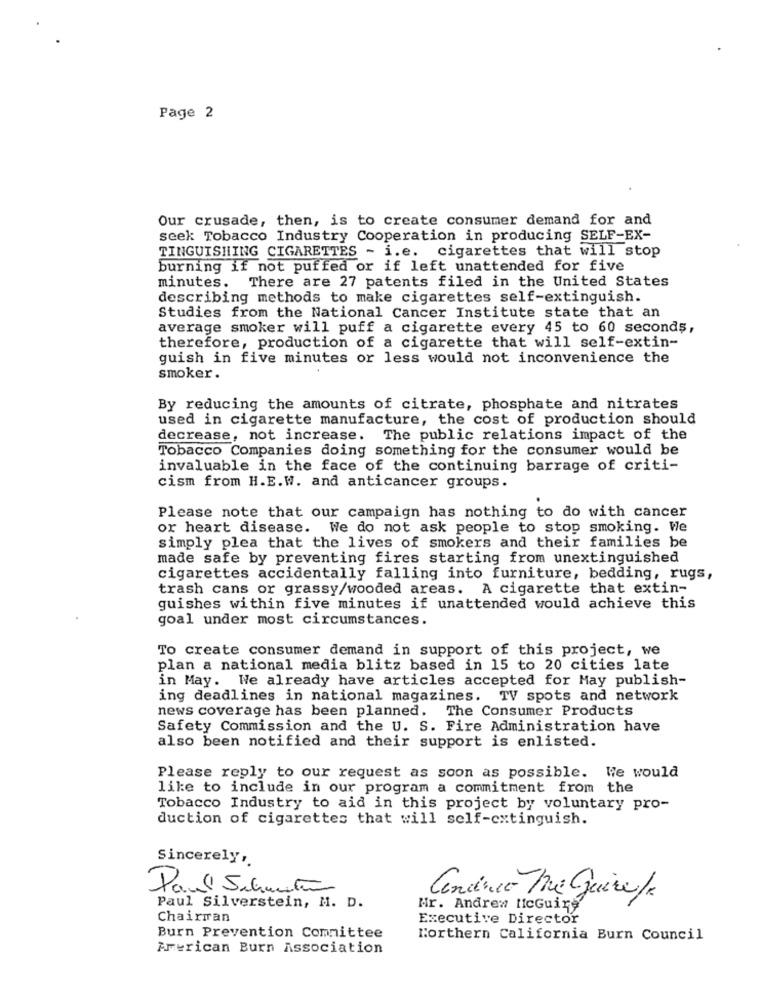
Page 2
Our crusade, then, is to create consumer demand for and
seek Tobacco Industry Cooperation in producing SELF-EX-
TINGUISHING CIGARETTES - i.e. cigarettes that will stop
burning if not puffed or if left unattended for five
minutes. There are 27 patents filed in the United States
describing methods to make cigarettes self-extinguish.
Studies from the National Cancer Institute state that an
average smoker will puff a cigarette every 45 to 60 seconds,
therefore, production of a cigarette that will self-extin-
guish in five minutes or less would not inconvenience the
smoker .
By reducing the amounts of citrate, phosphate and nitrates
used in cigarette manufacture, the cost of production should
decrease, not increase. The public relations impact of the
Tobacco Companies doing something for the consumer would be
invaluable in the face of the continuing barrage of criti-
cism from H.E.W. and anticancer groups.
Please note that our campaign has nothing to do with cancer
or heart disease. We do not ask people to stop smoking. We
simply plea that the lives of smokers and their families be
made safe by preventing fires starting from unextinguished
cigarettes accidentally falling into furniture, bedding, rugs,
trash cans or grassy/wooded areas. A cigarette that extin-
guishes within five minutes if unattended would achieve this
goal under most circumstances.
To create consumer demand in support of this project, we
plan a national media blitz based in 15 to 20 cities late
in May. We already have articles accepted for May publish-
ing deadlines in national magazines. TV spots and network
news coverage has been planned. The Consumer Products
Safety Commission and the U. S. Fire Administration have
also been notified and their support is enlisted.
Please reply to our request as soon as possible. We would
like to include in our program a commitment from the
Tobacco Industry to aid in this project by voluntary pro-
duction of cigarettes that will self-extinguish.
Sincerely,
Paul Silvestro
Condner The Guire/R
Paul Silverstein, M. D.
Mr. Andrew ticGuing
Chairman
Executive Director
Burn Prevention Committee
Northern California Burn Council
Artrican Burn Association